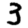
Digit: 3